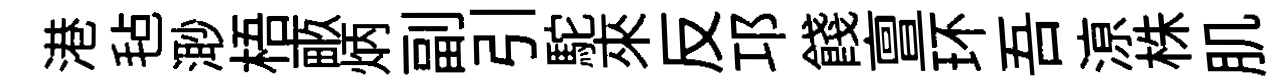
港毡𣺌梧畞炳副引駝來反邛餞亶环吾鿌株肌